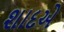
શાદએ